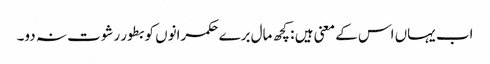
اب یہاں اس کے معنی ہیں : کچھ مال برے حکمرانوں کو بطور رشوت نہ دو۔